system: You are a helpful assistant.
user:
Analyze the provided spectrum to determine if it is a **White Dwarf (WD)**.

A White Dwarf spectrum is defined by its **extreme purity** (due to gravitational settling) and/or **extreme pressure broadening** (due to high surface gravity). You must check for one of the following mutually exclusive signatures:

- **Key Visual Indicators (Check for ONE of these types):**

    - **1. DA-Type Signature (Most Common):**
        - **(Primary Feature):** Extreme pressure broadening (Stark broadening) of the **Hydrogen (H) Balmer lines**.
        - **(Key Lines):** $H\beta$ (approx. $4861$ Å) and $H\gamma$ (approx. $4340$ Å). $H\alpha$ (approx. $6563$ Å) will also be present if the wavelength range covers it.
        - **(Line Profile):** This is the **defining feature**. The lines are **NOT** sharp. They appear as massive, **extremely broad and deep "troughs" or "dips"** in the spectrum, often hundreds of Ångströms wide. The continuum will appear to "scoop" down at these wavelengths.
        - **(Distinction):** Normal A-type or B-type stars have *narrow* and *sharp* Hydrogen lines. A DA White Dwarf's lines are unmistakably "smeared" or "blurry" from pressure.

    - **2. DB-Type Signature:**
        - **(Primary Feature):** Broad absorption lines from **Neutral Helium (He I)**. The spectrum must lack any visible Hydrogen lines.
        - **(Key Lines):** Look for broad absorption near $4471$ Å, $4921$ Å, and $5876$ Å.
        - **(Line Profile):** These lines are also significantly pressure-broadened, appearing much wider than they would in a normal B-type main-sequence star.

    - **3. DC-Type Signature:**
        - **(Primary Feature):** A **featureless continuous spectrum**.
        - **(Line Profile):** The spectrum is a smooth curve with **no significant absorption or emission lines**.
        - **(Key Confirmation):** The continuum is almost always **blue or white**, indicating a hot object. This signature implies the atmosphere is so pure (or so cool) that no spectral lines are visible in the optical range. Its WD identity is confirmed by its extremely low intrinsic brightness (high absolute magnitude).

    - **4. DZ-Type Signature (Metal-Polluted):**
        - **(Primary Feature):** **Isolated, narrow metal absorption lines** on an otherwise featureless (DC-like) continuum.
        - **(Key Lines):** The **Calcium (Ca II) H & K doublet** (approx. **$3934$ Å** and **$3968$ Å**) is the most common and defining feature.
        - **(Line Profile):** These lines are "out of place." They are *not* part of a "forest" of thousands of lines. This signature is evidence of recent *accretion* (pollution) from rocky debris.
        - **(Distinction):** Normal G/K/M stars have a *dense forest* of thousands of metal lines. A DZ has a *clean* continuum with *only a few* strong metal lines.

    - **5. DQ-Type Signature (Carbon-Polluted):**
        - **(Primary Feature):** Absorption bands from **Carbon (C₂ "Swan Bands" or atomic C I)**.
        - **(Key Lines - C₂):** Look for bandheads with a "saw-tooth" shape near $5635$ Å, **$5165$ Å** (strongest), and $4737$ Å.
        - **(Key Confirmation):** The underlying **continuum must be blue or white** (hot).
        - **(Distinction):** This is the critical difference from a **Carbon Star**, which has the *exact same* C₂ bands but on an extremely **red, cool** continuum.

- **(Overall Spectrum):**
    - The continuum (overall shape) is typically **blue-sloping** (brighter in the blue than the red), as most white dwarfs are very hot.
    - The spectrum will look "pure" or "simple," dominated by only *one* of the five signatures listed above.

Think first, call **spectral_visualization_tool** if needed to examine features in detail, then provide your final answer. Your response must adhere to the following strict rules:
1.  **Overall Structure:** Your response must follow the format `<think>...</think> <tool_call>...</tool_call> (if a tool is used) <answer>...</answer>`.
2.  **Tool Usage Constraint:** You may only make **one** tool call per turn.
3.  **Final Answer Format:** In the `<answer>` tag, your conclusion must be inside a `\boxed{}` command (e.g., `\boxed{YES}` or `\boxed{NO}`), followed by your justification.

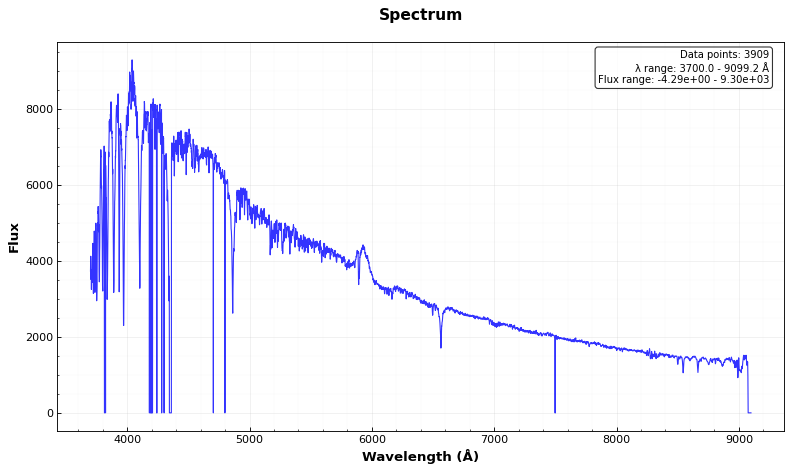
Answer: NO